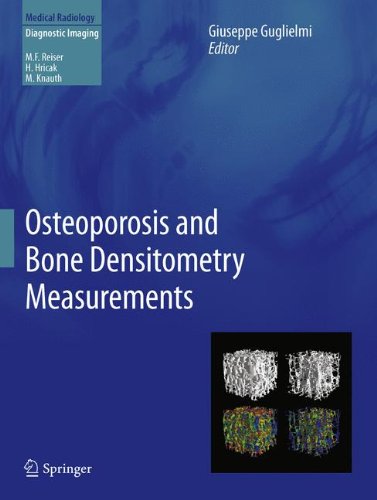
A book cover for Osteoporosis and Bone Densitometry Measurements (Medical Radiology); Health, Fitness & Dieting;